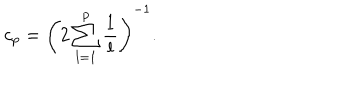
c _ { p } = \left( 2 \sum _ { l = 1 } ^ { p } \frac { 1 } { l } \right) ^ { - 1 } .